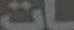
ات